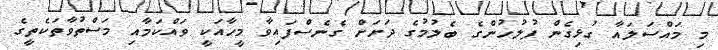
މި މައްސަލައާ ގުޅިގެން ފުލުހުންގެ ބެލުމުގެ ދަށަށް ގެނެސްފައިވާ މީހާއަކީ ވައްކަމާއި މަސްތުވާތަކެތީގެ